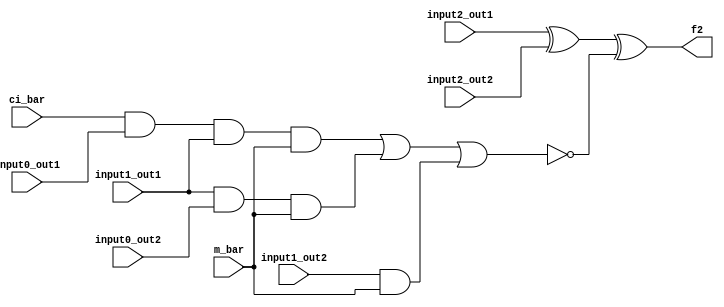
module out_section_f2 (
    input   m_bar,
    input   ci_bar,
    input   input2_out1,
    input   input2_out2,
    input   input1_out1,
    input   input1_out2,
    input   input0_out1,
    input   input0_out2,
    output  f2);

assign f2 = ((input2_out1 ^ input2_out2) ^ ~((ci_bar & input0_out1 & input1_out1 & m_bar) | (input1_out1 & input0_out2 & m_bar) | (input1_out2 & m_bar)));

endmodule